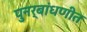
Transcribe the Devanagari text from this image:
पुनर्बांधणीत